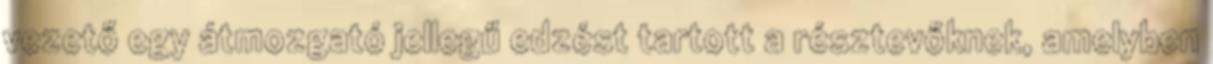
vezető egy átmozgató jellegű edzést tartott a résztevőknek, amelyben